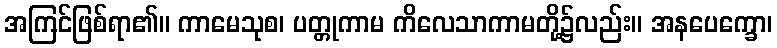
အကြင်ဖြစ်ရာ၏။ ကာမေသုစ၊ ပတ္တုကာမ ကိလေသာကာမတို့၌လည်း။ အနပေက္ခော၊